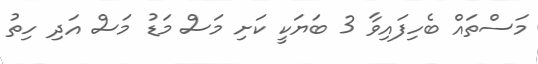
މަސްތައް ބެހިފައިވާ 3 ބަޔަކީ ކަށި މަސް މަޑު މަސް އަދި ހިތު